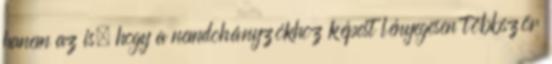
hanem az is, hogy a nemdohányzókhoz képest lényegesen többször